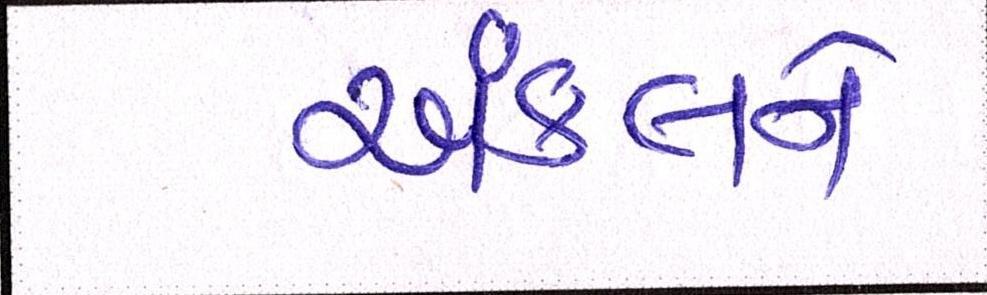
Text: અંકલને